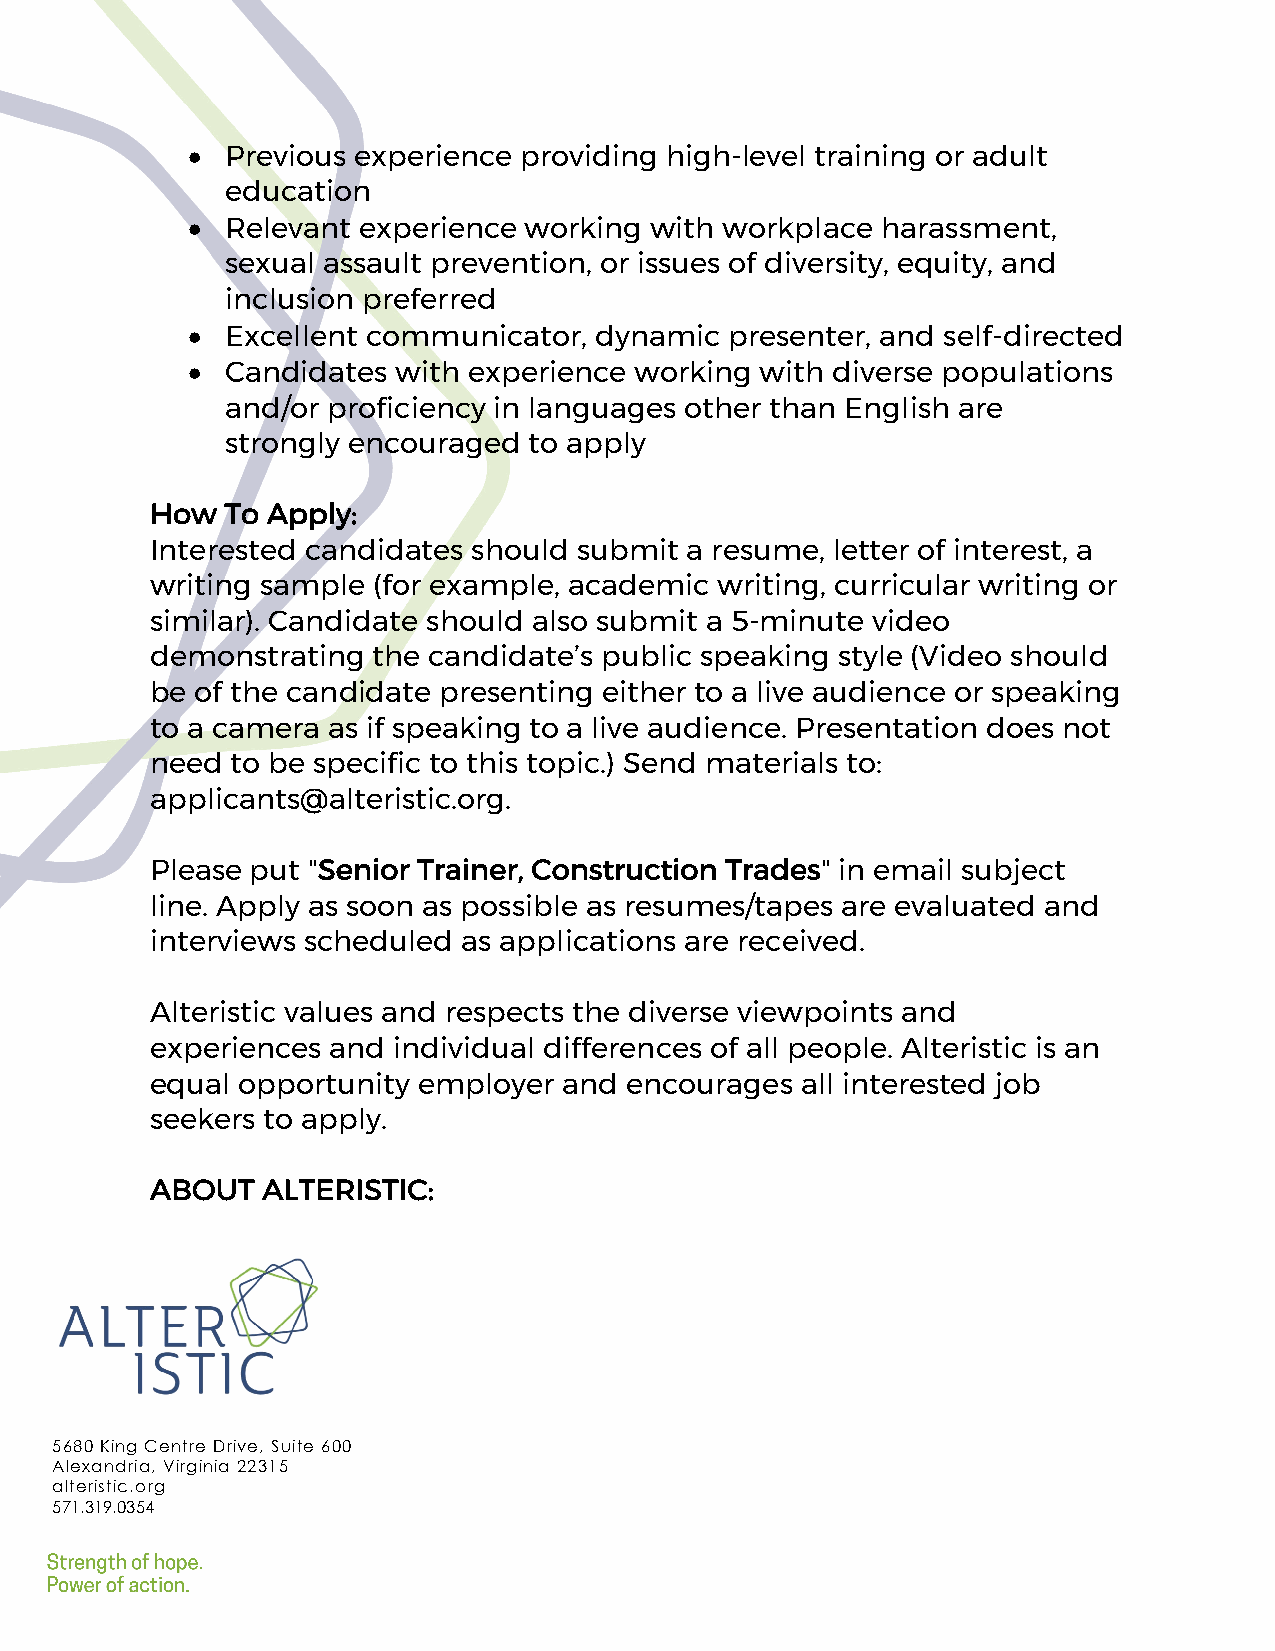
•  Previous experience providing high-level training or adult
 education
 •  Relevant experience working with workplace harassment,
 sexual assault prevention, or issues of diversity, equity, and
 inclusion preferred
 •  Excellent communicator, dynamic  presenter, and self-directed
 •  Candidates with experience working with diverse populations
 and/or proficiency in languages other than English are
 strongly encouraged to apply
 How  To Apply:
 Interested candidates should submit a resume, letter of interest, a
 writing sample (for example, academic writing, curricular writing or
 similar). Candidate should also submit a 5-minute video
 demonstrating  the candidate’s public speaking style (Video should
 be of the candidate presenting either to a live audience or speaking
 to a camera as if speaking to a live audience. Presentation does not
 need to be specific to this topic.) Send materials to:
 applicants@alteristic.org.
 Please put "Senior Trainer, Construction Trades" in email subject
 line. Apply as soon as possible as resumes/tapes are evaluated and
 interviews scheduled as applications are received.
 Alteristic values and respects the diverse viewpoints and
 experiences and individual differences of all people. Alteristic is an
 equal opportunity employer and encourages  all interested job
 seekers to apply.
 ABOUT  ALTERISTIC:
 5680 King Centre Drive, Suite 600
 Alexandria, Virginia 22315
 alteristic.org
 571.319.0354